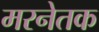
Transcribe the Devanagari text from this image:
मरनेतक